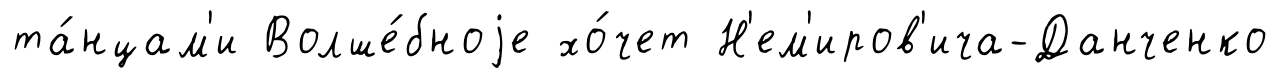
та́нцам'и Волше́бноjе хо́чет Н'ем'иров'ича-Данченко